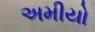
અમીયો